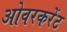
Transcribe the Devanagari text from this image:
ओवरकरेंट